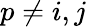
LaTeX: p\neq i,j